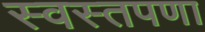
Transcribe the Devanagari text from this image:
स्वस्तपणा